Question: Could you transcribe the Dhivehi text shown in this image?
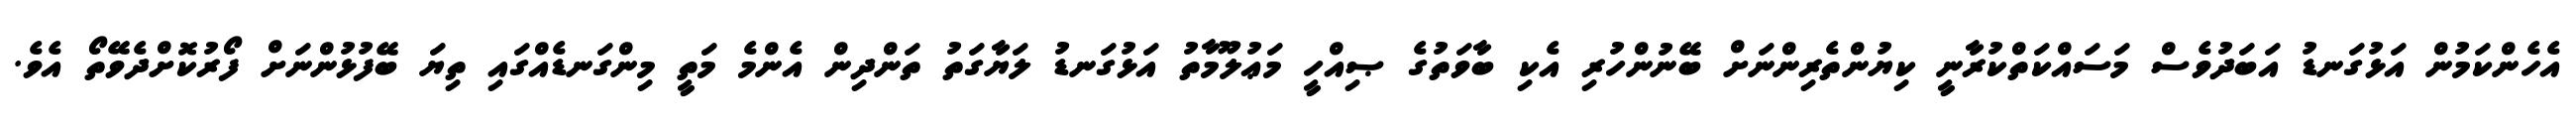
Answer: އެހެންކަމުން އަޅުގަނޑު އަބަދުވެސް މަސައްކަތްކުރާނީ ކިޔުންތެރިންނަށް ބޭނުންހުރި އެކި ބާވަތުގެ ޞިއްހީ މަޢުލޫމާތު އަޅުގަނޑު ލަޔާގަތު ތަންދިން އެންމެ މަތީ މިންގަނޑެއްގައި ތިޔަ ބޭފުޅުންނަށް ފޯރުކޮށްދެވޭތޯ އެވެ.